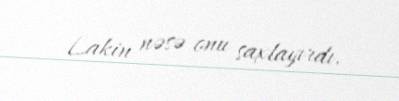
Lakin nəsə onu saxlayırdı.